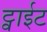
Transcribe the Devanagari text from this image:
ट्वाईट